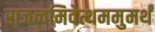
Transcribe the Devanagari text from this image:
राजत्वमिवेत्थममुमर्थं